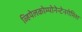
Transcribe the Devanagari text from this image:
व्हियेलकोम्पोनेन्टेनगेमिश